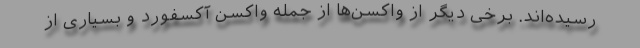
رسیده‌اند. برخی دیگر از واکسن‌ها از جمله واکسن آکسفورد و بسیاری از